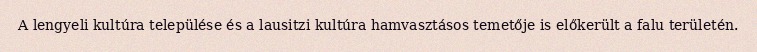
A lengyeli kultúra települése és a lausitzi kultúra hamvasztásos temetője is előkerült a falu területén.